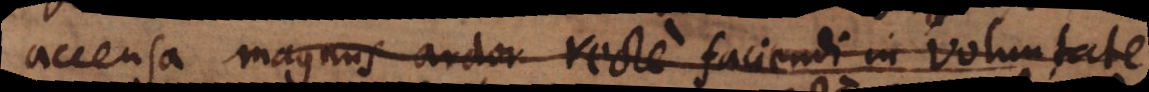
accensa magnus ardor recte faciendi in voluntate